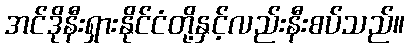
အင်ဒိုနီးရှားနိုင်ငံတို့နှင့်လည်းနီးစပ်သည်။